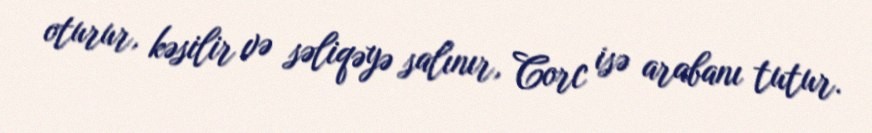
oturur, kəsilir və səliqəyə salınır, Corc isə arabanı tutur.